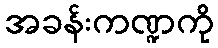
အခန်းကဏ္ဍကို